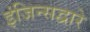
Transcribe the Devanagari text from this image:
इंजिन्सद्वारे